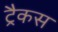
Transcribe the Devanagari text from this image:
ट्रैकस